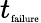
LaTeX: t_{\textrm{\tiny failure}}